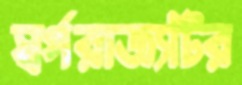
স্বর্গরাজ্যটির